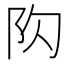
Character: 𨸤